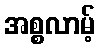
အစ္စလာမ့်